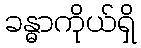
ခန္ဓာကိုယ်ရှိ